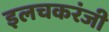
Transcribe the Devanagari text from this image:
इलचकरंजी